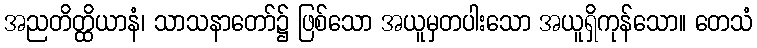
အညတိတ္ထိယာနံ၊ သာသနာတော်၌ ဖြစ်သော အယူမှတပါးသော အယူရှိကုန်သော။ တေသံ